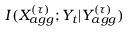
I ( X _ { a g g } ^ { ( \tau ) } ; Y _ { t } | Y _ { a g g } ^ { ( \tau ) } )